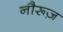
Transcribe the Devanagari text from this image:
नौरूज़